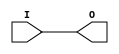
module IBUFG_SSTL18_II_DCI (O, I);

    output O;

    input  I;

	buf B1 (O, I);


endmodule